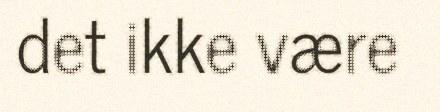
det ikke være